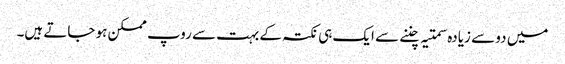
میں دو سے زیادہ سمتیہ چننے سے ایک ہی نکتہ کے بہت سے روپ ممکن ہو جاتے ہیں۔